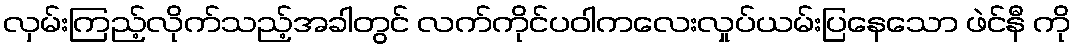
လှမ်းကြည့်လိုက်သည့်အခါတွင် လက်ကိုင်ပဝါကလေးလှုပ်ယမ်းပြနေသော ဖဲင်နီ ကို